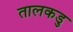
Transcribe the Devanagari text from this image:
तालकडु